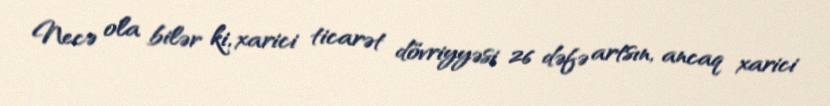
Necə ola bilər ki, xarici ticarət dövriyyəsi 26 dəfə artsın, ancaq xarici